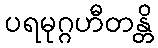
ပရမုဂ္ဂဟီတန္တိ